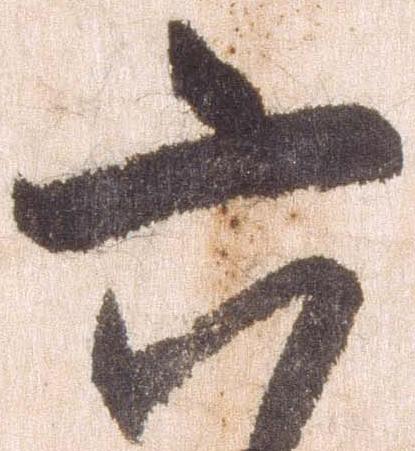
六